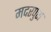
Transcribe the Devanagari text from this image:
मदरपुरा